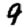
Digit: 9